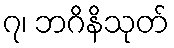
၇၊ ဘဂိနိသုတ်